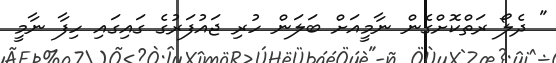
" ދެލޯ ރަތްކޮށްގެން ނާމީއަށް ބަލަން ހުރި ޖައުފަރުގެ ގައިގައި ހިފާ ނާމީ